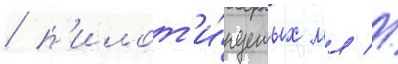
/ п'илот'и́руемых мл //